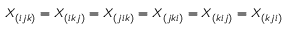
X _ { ( i j k ) } = X _ { ( i k j ) } = X _ { ( j i k ) } = X _ { ( j k i ) } = X _ { ( k i j ) } = X _ { ( k j i ) }